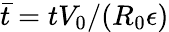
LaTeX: \bar{t}=tV_{0}/(R_{0}{\epsilon})